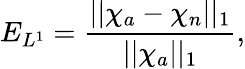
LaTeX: E_{L^{1}}=\frac{||\chi_{a}-\chi_{n}||_{1}}{||\chi_{a}||_{1}},